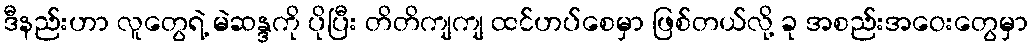
ဒီနည်းဟာ လူတွေရဲ့ မဲဆန္ဒကို ပိုပြီး တိတိကျကျ ထင်ဟပ်စေမှာ ဖြစ်တယ်လို့ ခု အစည်းအဝေးတွေမှာ